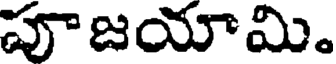
పూజయామి.